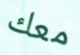
معك